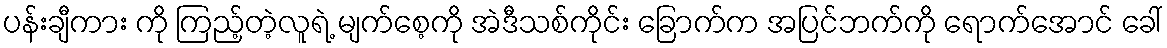
ပန်းချီကား ကို ကြည့်တဲ့လူရဲ့ မျက်စေ့ကို အဲဒီသစ်ကိုင်း ခြောက်က အပြင်ဘက်ကို ရောက်အောင် ခေါ်